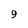
Character: 9